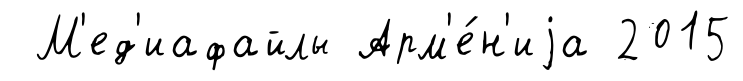
М'ед'иафайлы Арм'е́н'иjа 2015